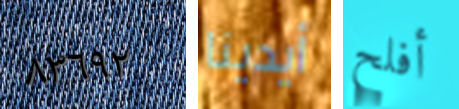
٨٣٦٩٢ أيدينا أفلح